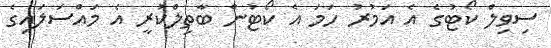
ސިވިލް ކޯޓުގެ އެ އަމުރު ހަމަ އެ ކޯޓުން ބާތިލްކުރީ އެ މައްސަލައިގެ